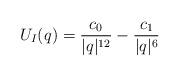
LaTeX: \begin{align*} U_I(q) = \frac{c_0}{|q|^{12}} - \frac{c_1}{|q|^6}\end{align*}